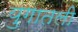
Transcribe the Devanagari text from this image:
युगातली